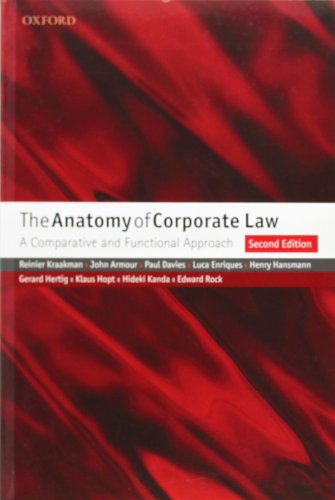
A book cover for The Anatomy of Corporate Law: A Comparative and Functional Approach; Reinier Kraakman; Law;